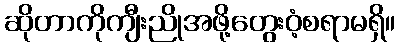
ဆိုတာကိုကျီးညိုအဖို့တွေးဝံ့စရာမရှိ။